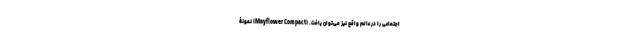
اجتماعی را در عالم واقع نیز می‌توان یافت. (Mayflower Compact) نمونۀ